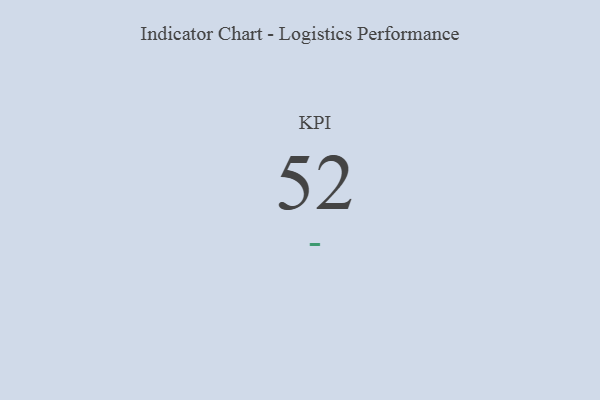
{"axis": {"x": "KPI", "y": "Value"}, "legend": [""], "data": [{"x": "KPI", "y": 52, "type": ""}]}